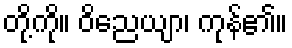
တို့ကို။ ဝိညေယျာ၊ ကုန်၏။